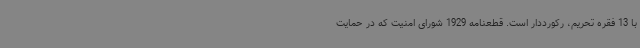
با 13 فقره تحریم، رکورددار است. قطعنامه 1929 شورای امنیت که در حمایت